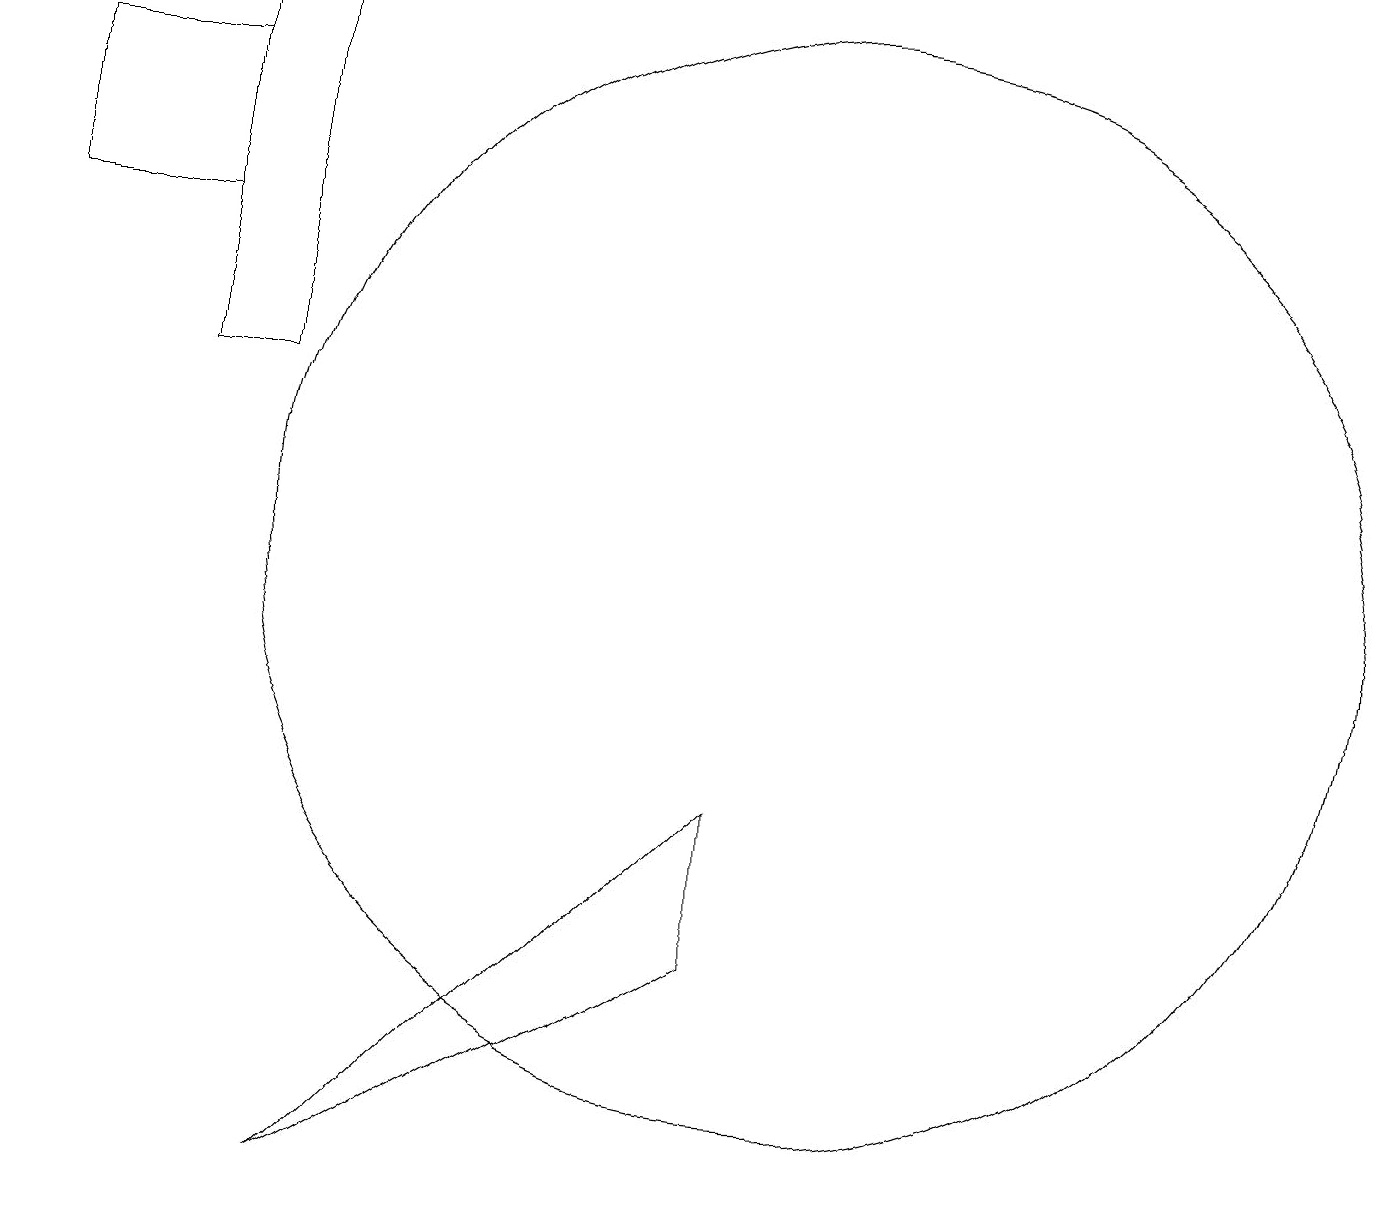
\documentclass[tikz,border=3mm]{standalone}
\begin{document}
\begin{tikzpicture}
\draw (9,9) -- (9,7) -- (4,4) -- cycle;
\draw (2,14) rectangle (3,19);
\draw (0,16) rectangle (2,18);
\draw (10,12) circle (7);
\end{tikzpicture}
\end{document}